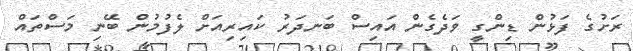
ރަށުގެ ފަޅުން ޑިންގީ ވަދެގެން އައިސް ބަނދަރު ކައިރިއަށް ލެފުމުން ބޭނި މަސްތައް